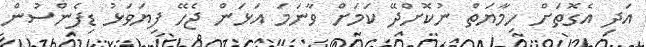
އަދި އެގޮތަށް ހިމާޔަތް ނުކޮށްދޭ ކަމަށް ވާނަމަ އަޅަން ޖެހޭ ފިޔަވަޅު ޑިފެންސުން